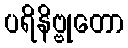
ပရိနိဗ္ဗုတော